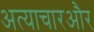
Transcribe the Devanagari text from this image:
अत्याचारऔर